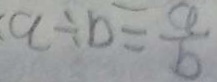
a \div b = \frac { a } { b }